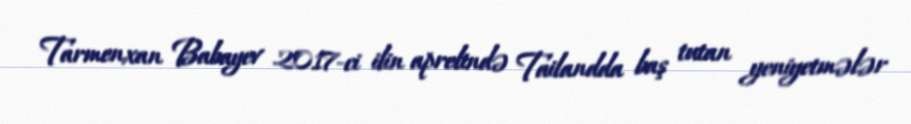
Tarmenxan Babayev 2017-ci ilin aprelində Tailandda baş tutan yeniyetmələr